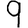
Digit: 9